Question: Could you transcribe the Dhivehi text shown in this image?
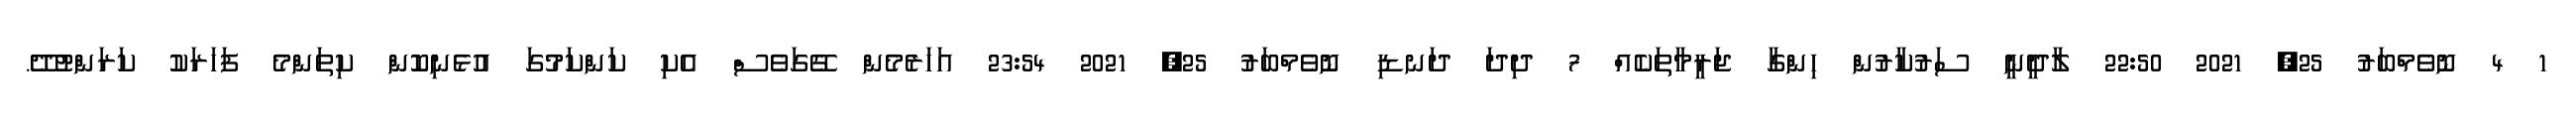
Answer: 1 4 ނޮވެމްބަރު 25, 2021 22:50 ލާދީނީ ސަރުކާރުން ހިންގާ ޖަރީމާތަކެއް 7 ދިދަ ދަނޑި ނޮވެމްބަރު 25, 2021 23:54 އަހަރެމެން ގޭގަވެސް އެކި ކަންކަމުގަ އުޅެނިކޮން ކިތަންމެ ފަހަރަކު ކަރަންޓުދޭ.